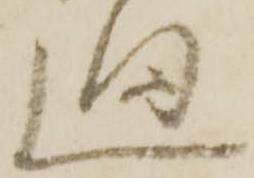
廻